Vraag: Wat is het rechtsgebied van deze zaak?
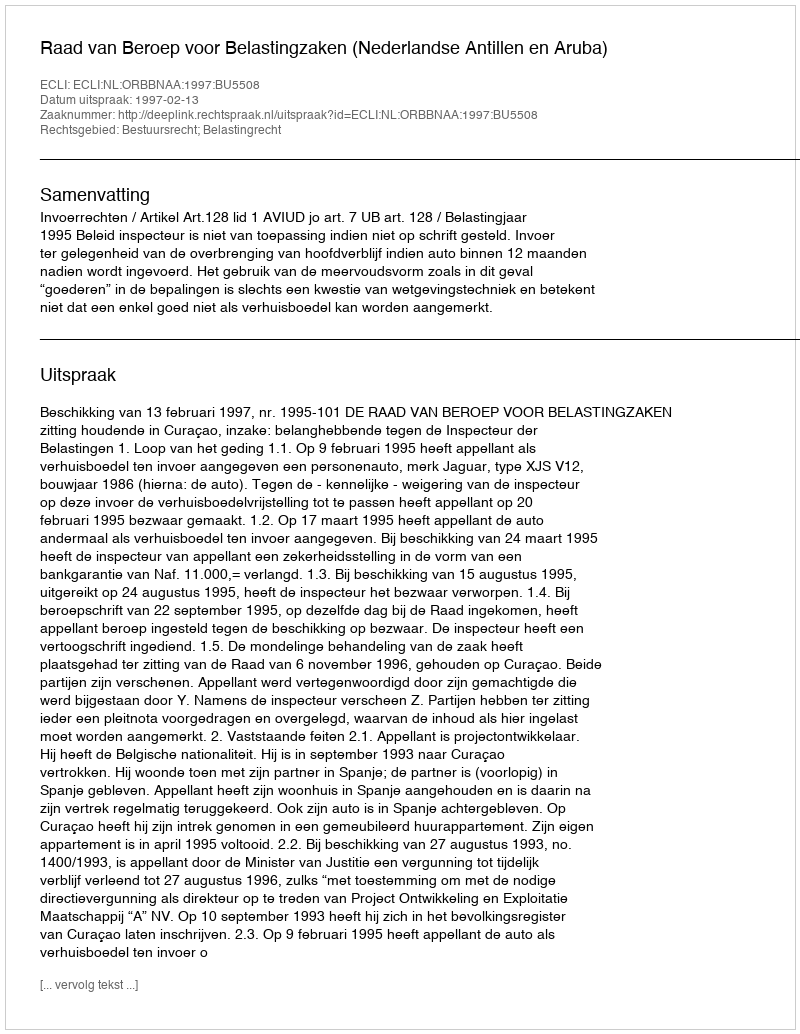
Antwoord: Bestuursrecht; Belastingrecht